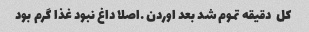
کل  دقیقه تموم شد بعد اوردن …اصلا داغ نبود غذا گرم بود